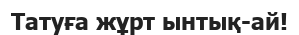
Татуға жұрт ынтық-ай!